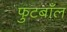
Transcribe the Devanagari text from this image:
फुटबाँल